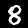
Label: 8